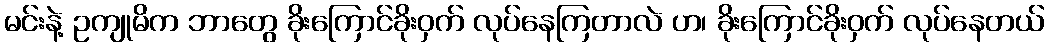
မင်းနဲ့ ဥကျုမိက ဘာတွေ ခိုးကြောင်ခိုးဝှက် လုပ်နေကြတာလဲ ဟ၊ ခိုးကြောင်ခိုးဝှက် လုပ်နေတယ်